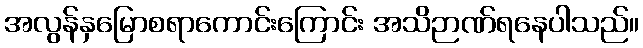
အလွန်နှမြောစရာကောင်းကြောင်း အသိဉာဏ်ရနေပါသည်။